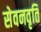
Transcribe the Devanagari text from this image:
सेवनवृति